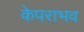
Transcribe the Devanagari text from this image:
केपराभव